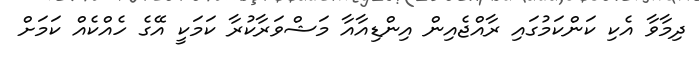
ދިމާވާ އެކި ކަންކަމުގައި ރާއްޖެއިން އިންޑިއާއާ މަޝްވަރާކުރާ ކަމަކީ އޭގެ ހެއްކެއް ކަމަށް